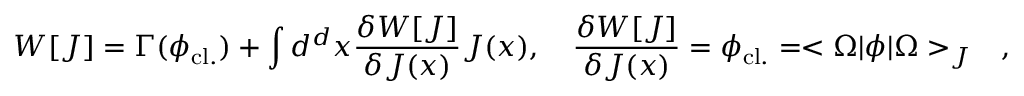
W [ J ] = \Gamma ( \phi _ { \mathrm { c l . } } ) + \int d ^ { d } x { \frac { \delta W [ J ] } { \delta J ( x ) } } J ( x ) , \quad { \frac { \delta W [ J ] } { \delta J ( x ) } } = \phi _ { \mathrm { c l . } } = < \Omega | \phi | \Omega > _ { J } \quad ,